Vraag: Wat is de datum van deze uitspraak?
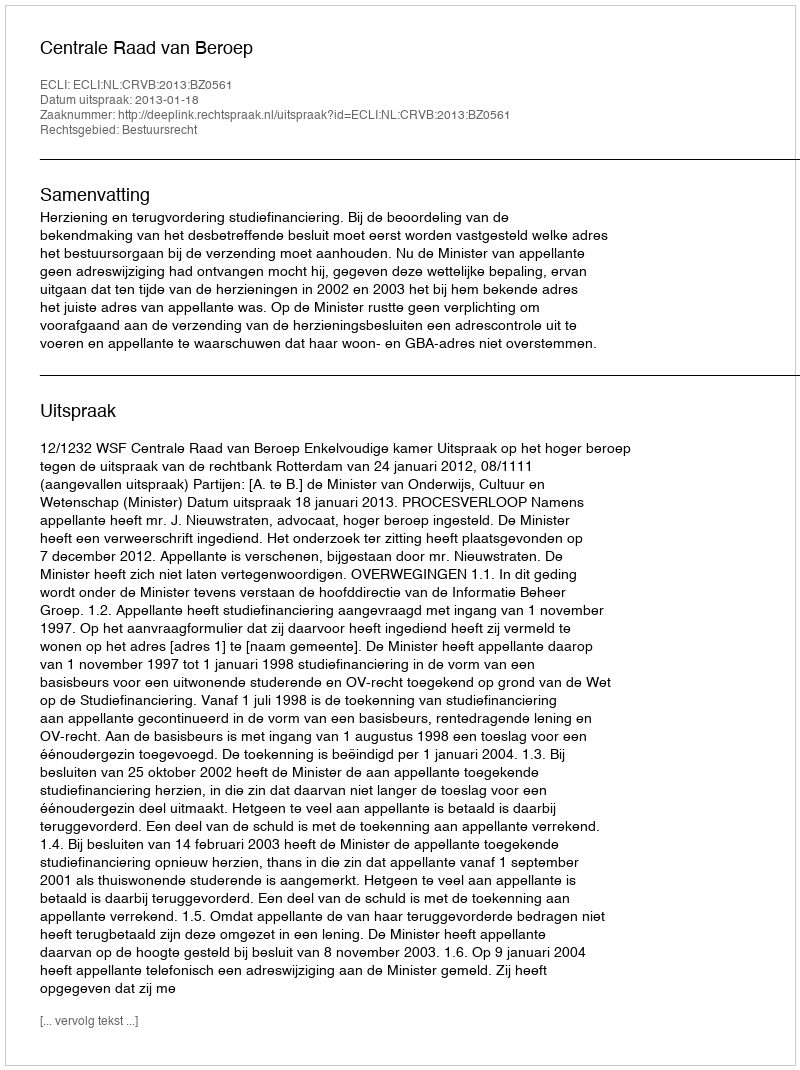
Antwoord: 2013-01-18